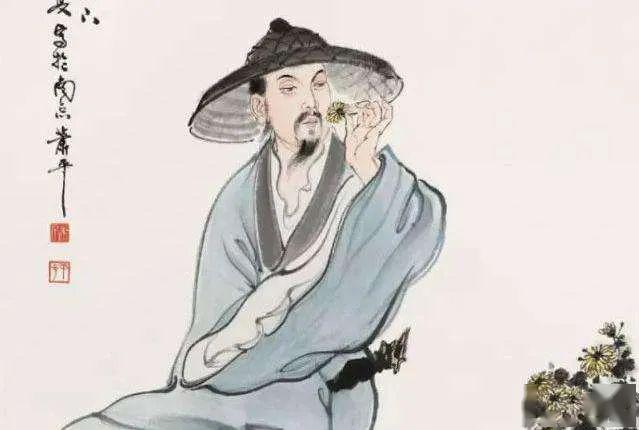
然而其持之有故，其言之成理。